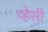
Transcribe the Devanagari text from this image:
व्हेसी